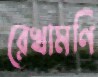
রেখামণি